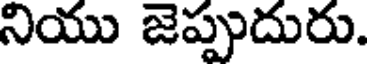
నియు జెప్పుదురు.